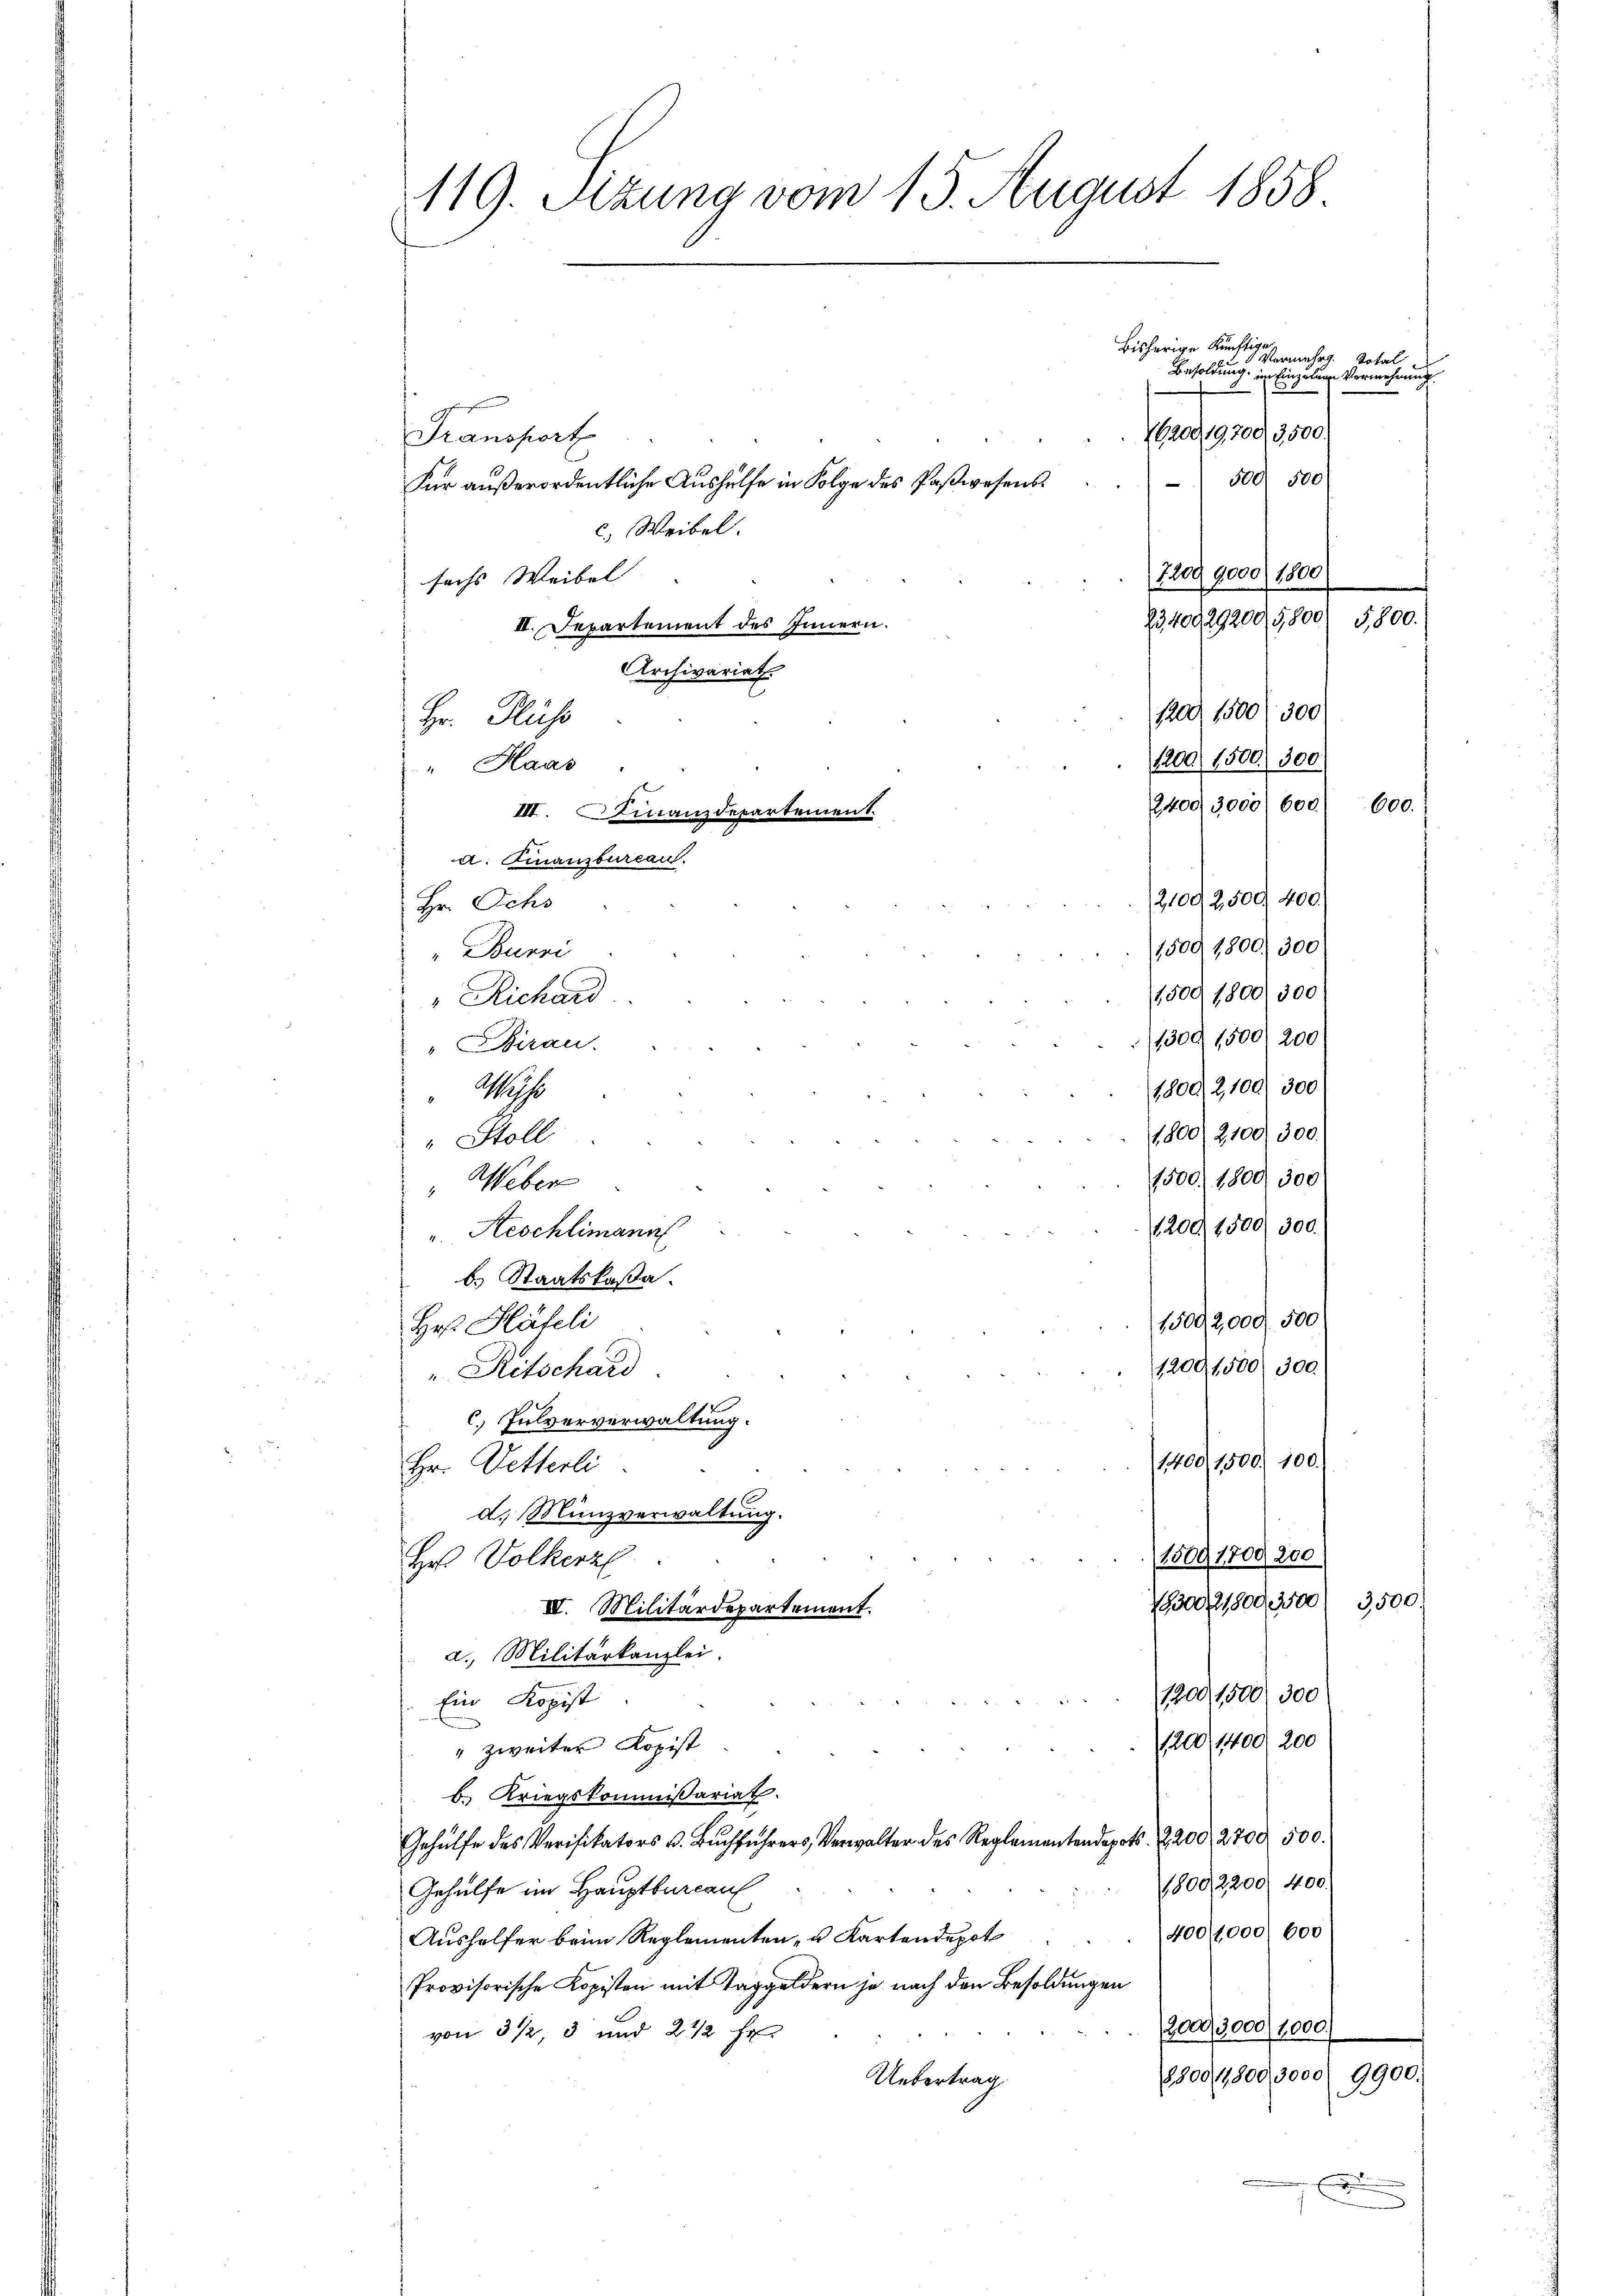
119. Sitzung vom 15. August 1858

bisherige Kunsteigen mehrg. Total
agresse
Transport
 500 500
Für außerordentliche Aushülfe in Folge des Paßwesens
c.) Weibel.
7209, 9000/ 1800)
sechs Weibel- |
2340829200/G,800/ 5800.
III. Departement des Innern.
Archivariat
1200 1500 f 300
Hr. Fluss
1200 1500. 300.
"Haas
2,400/3,000) 600) 600.
III. Finanzdepartement.
a. Finanzbureau.
21092,500, 400.
Hr. Ochs
1500 1800, 300
"Bunni
1,500 1800) 300
"Richard
1300 1500/ 200
Birau.
1800, 2,100. 300
Wisse
1,800/2100. 300.
" Stoll
1500. 1800. 300
" Weber
1209, 1500/ 300.
u. Reschlimann
b. Staatskassa.
15002,000. 500
Her Häfeli
1209, 1500 300.
"Ritschard.
c. Fulververwaltung.
1400, 1500. 100.)
Hr. Vetterli
d. Münzverwaltung.
1509, 1800, 200
Hr Volkert
300/1809, 500/ 3500.
III. Militärdepartement.
a. Militärkanzlei.
1900, 1500, 300
Ein Kopist
1200 (1400, 200
" zweiter Kopist
b. Kriegskommissariat.
Gehülfe des Verifikators u. Bŭchführers, Verwalter des Reglementendepots 2200, 2700 500.
1800, 2200. 400.
Gehülfe im Hauptbureau
(400/1000) 600
Aushelfer beim Reglementen, u. Kartendepot
Provisorische Kopisten mit Taggeldern je nach den Besoldungen
(2000, 3000/1,000.
von 3 ½ 3 und 2 1/2 Fr
8800/1,800,3000 9900.
Uebertrag.

Besoldung im Einzelung Vermehrung.

E
perem